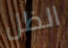
الظل